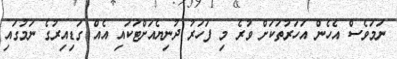
ނަމަވެސް އެހެން އަހަރުތަކަށް ވުރެ މި ފަހަރު ދުނިޔެއަށްޓަކައި އެއް ގަޑިއިރުގެ ނަމުގައި